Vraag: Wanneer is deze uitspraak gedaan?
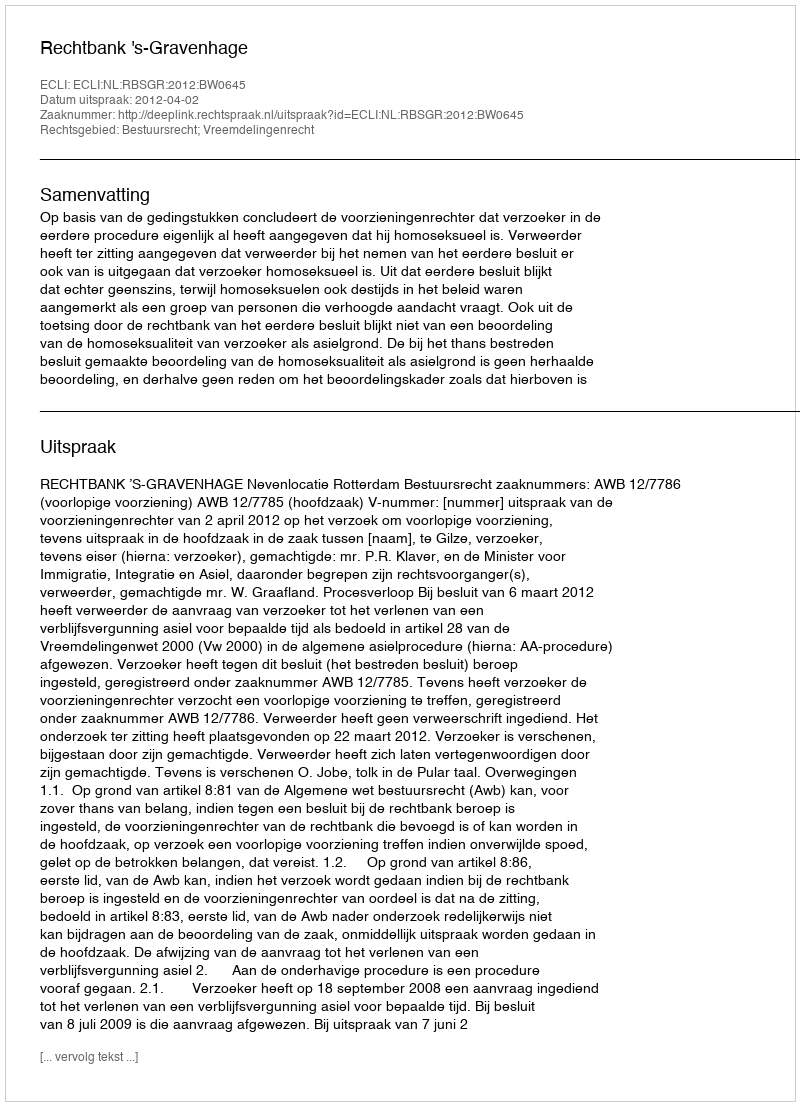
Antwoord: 2012-04-02